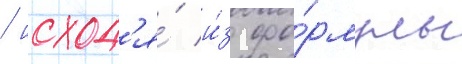
/ исход'я́ и́з фо́рмулы